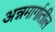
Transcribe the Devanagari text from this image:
अन्नमार्गातील